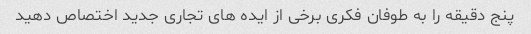
پنج دقیقه را به طوفان فکری برخی از ایده های تجاری جدید اختصاص دهید